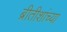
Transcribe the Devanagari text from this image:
ब्रीतीशांच्या